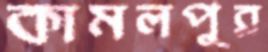
কামলপুর